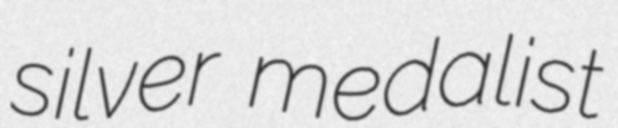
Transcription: silver medalist